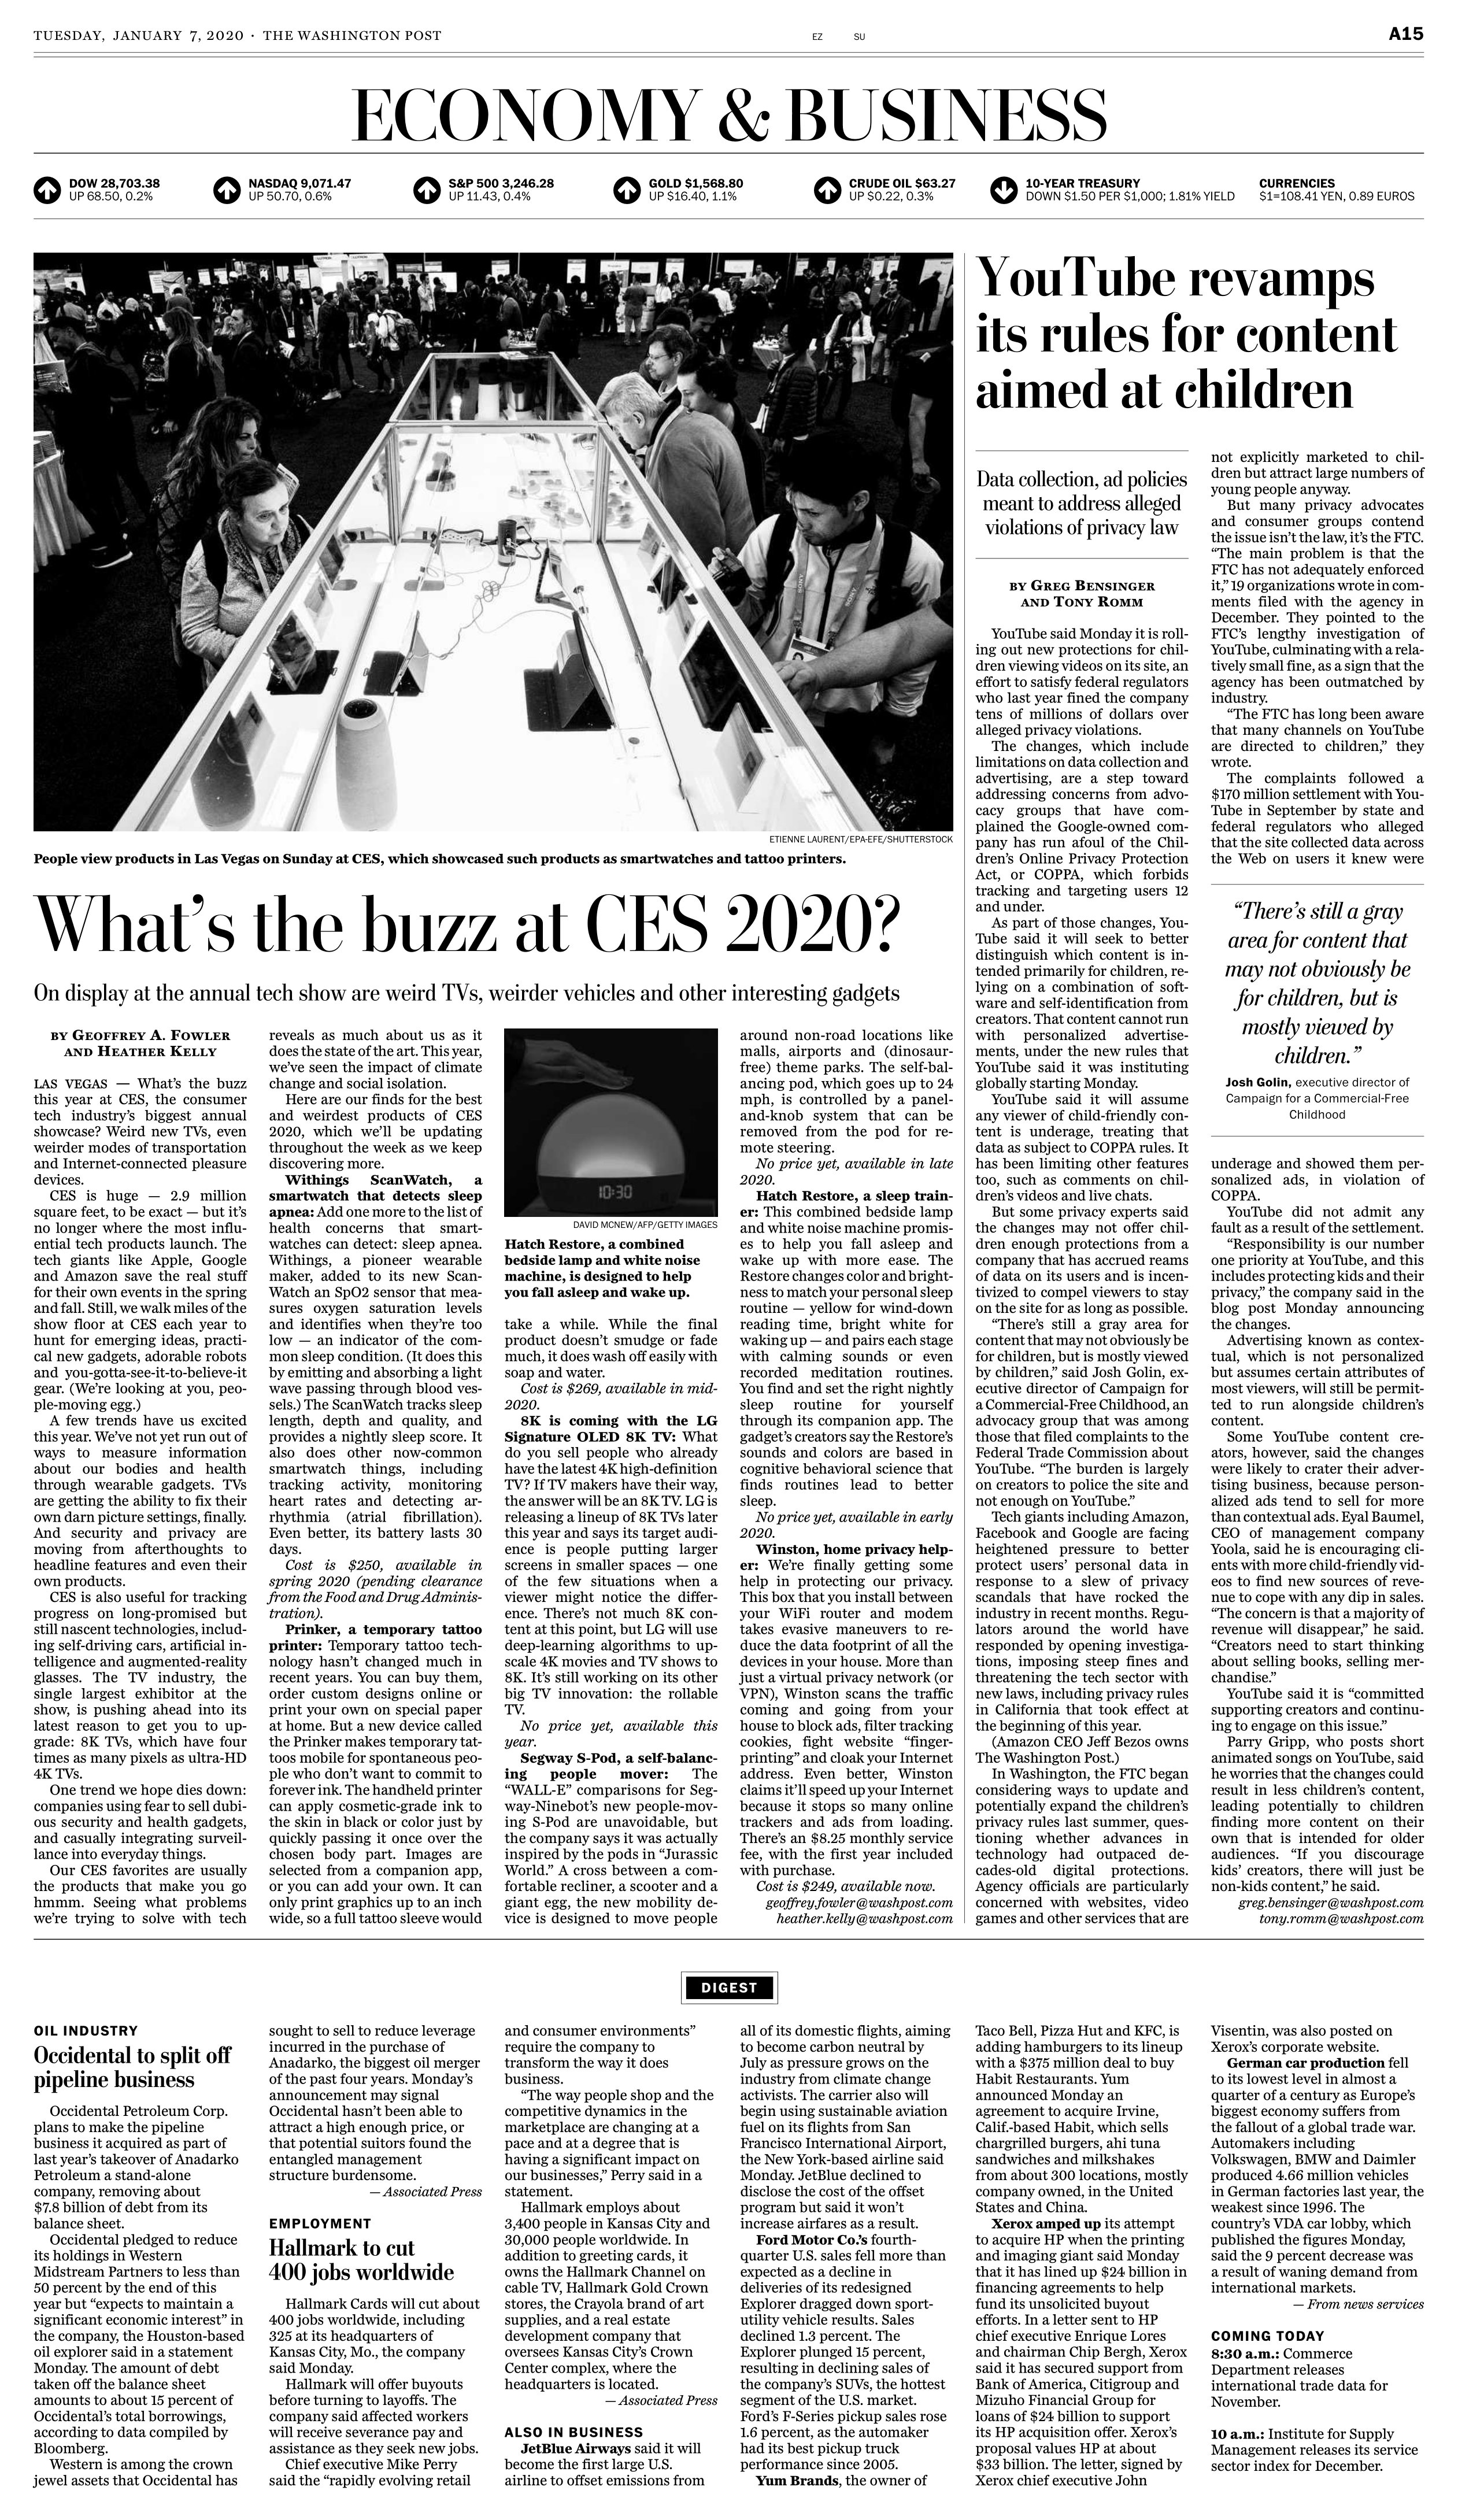
Language: en